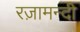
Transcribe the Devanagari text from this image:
रज़ामन्दी